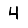
Digit: 4